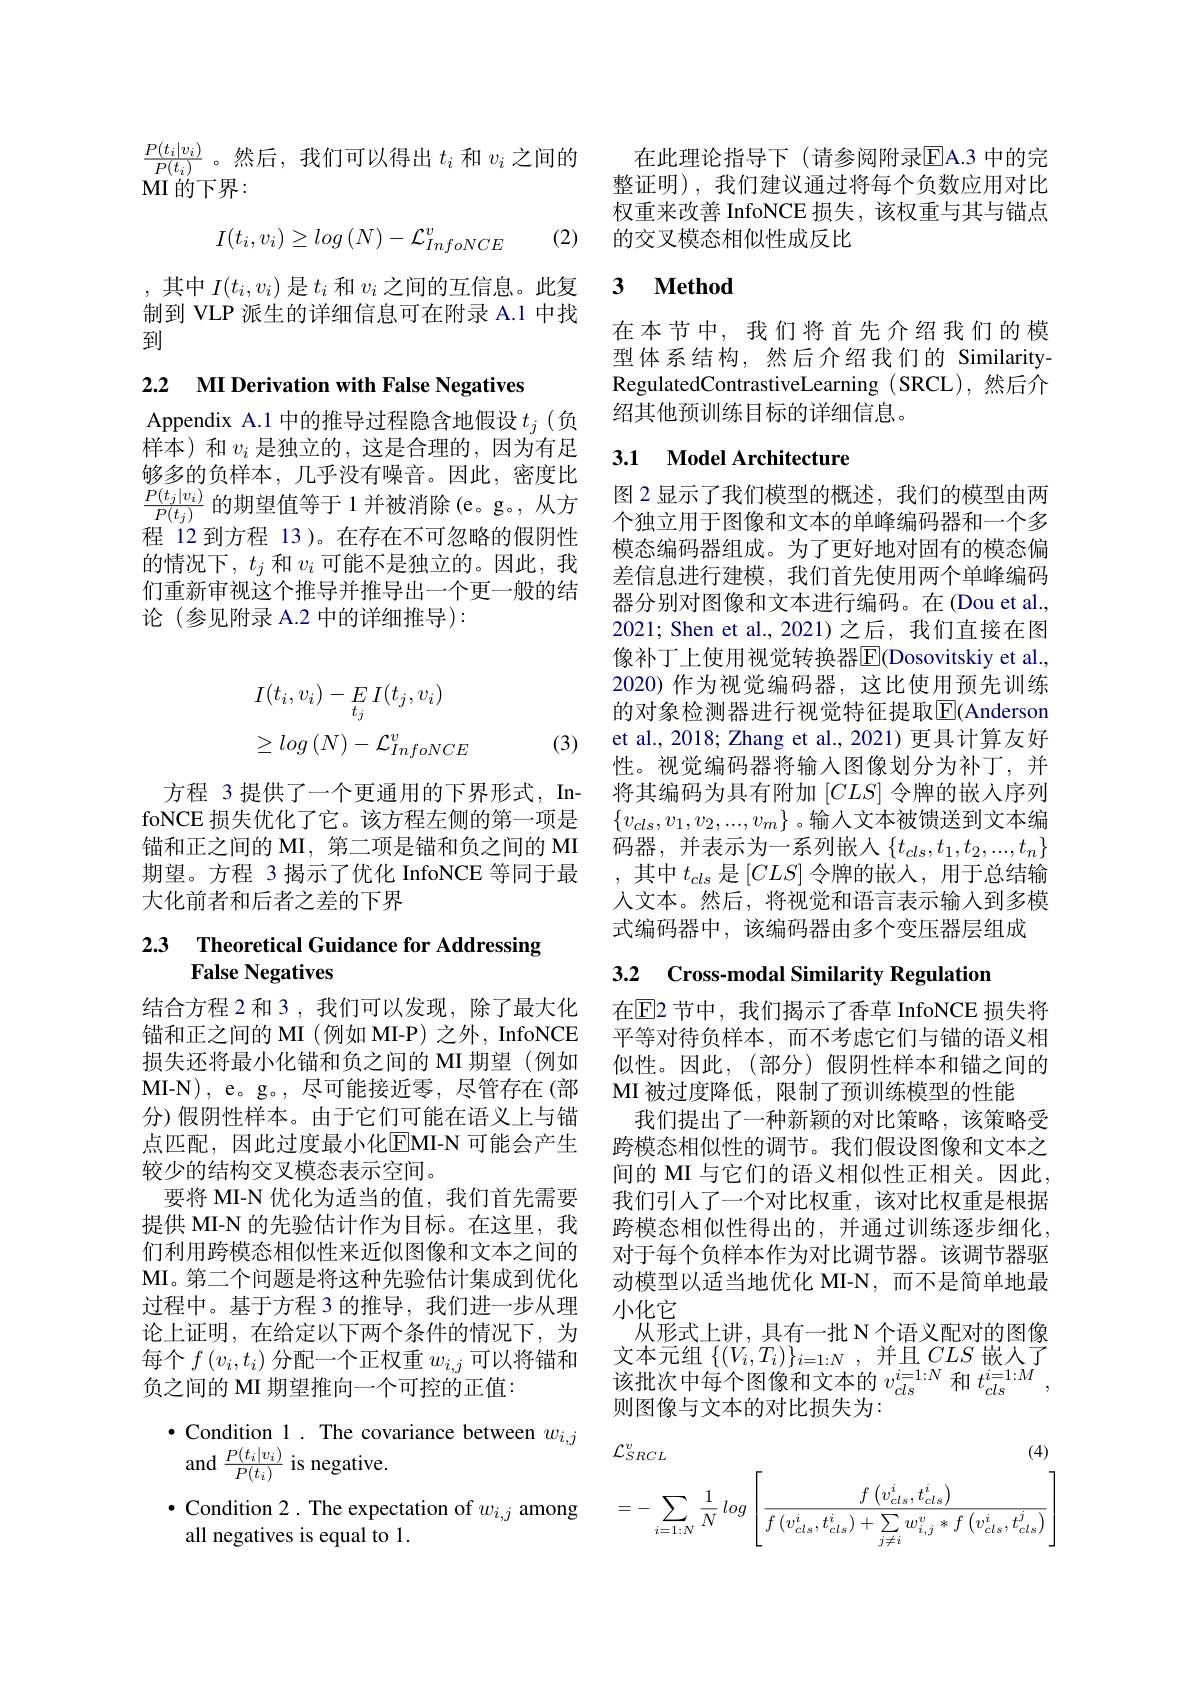
$\frac{P(t_i|v_i)}{P(t_i)}$。然后，我们可以得出$t_i$和$v_i$之间的
MI的下界：
$$I(t_i,v_i)\geq log\left(N\right)-\mathcal{L}_{InfoNCE}^v$$
制到 VLP 派生的详细信息可在附录 A.1 中找
到

2.2 MI Derivation with False Negatives

Appendix A.1 中的推导过程隐含地假设$t_j$ (负样本)和$v_i$是独立的，这是合理的，因为有足够多的负样本，几乎没有噪音。因此，密度比$\frac{P(t_j|v_i)}{P(t_j)}$的期望值等于 1 并被消除(e。g。, 从方程 12 到方程 13 )。在存在不可忽略的假阴性的情况下，$t_j$和$v_i$可能不是独立的。因此，我们重新审视这个推导并推导出一个更一般的结论(参见附录 A.2 中的详细推导):
$$\begin{aligned}&I(t_{i},v_{i})-E\:I(t_{j},v_{i})\\&\geq log\left(N\right)-\mathcal{L}_{InfoNCE}^{v}\end{aligned}$$
(3)

期望。方程 3 揭示了优化 InfoNCE 等同于最
大化前者和后者之差的下界

### 2.3 $\textbf{Theoretical Guidance for Addressing}$ False Negatives

结合方程 2 和 3 , 我们可以发现，除了最大化 在$\operatorname{E}$2 节中，我们揭示了香草 InfoNCE 损失将锚和正之间的 MI (例如 MI-P) 之外，InfoNCE 平等对待负样本，而不考虑它们与锚的语义相损失还将最小化锚和负之间的 MI 期望 (例如 似性。因此，(部分) 假阴性样本和锚之间的$\mathbf{MI-N})$, e。g。,尽可能接近零，尽管存在(部 MI 被过度降低，限制了预训练模型的性能
分)假阴性样本。由于它们可能在语义上与锚点匹配，因此过度最小化$\boxed{\mathrm{FMI-N~可能会产生}}$ 较少的结构交叉模态表示空间。
要将 MI-N 优化为适当的值，我们首先需要提供 MI-N 的先验估计作为目标。在这里，我们利用跨模态相似性来近似图像和文本之间的MI。第二个问题是将这种先验估计集成到优化过程中。基于方程 3 的推导，我们进一步从理论上证明，在给定以下两个条件的情况下，为每个$f\left(v_i,t_i\right)$分配一个正权重$w_i,j$可以将锚和负之间的 MI 期望推向一个可控的正值：
$\bullet\underset{D(t,|_{v})}{\operatorname*{\text{Condition 1.The covariance between }}}{\operatorname*{\bullet}}$

and $\frac{P(t_{i}|v_{i})}{P(t_{i})}$ is negative.
$\bullet$Condition 2. The expectation of $w_{i, j}$ among all negatives is equal to 1.

在此理论指导下(请参阅附录$\overline{\mathrm{E}}$A.3 中的完整证明),我们建议通过将每个负数应用对比权重来改善 InfoNCE 损失，该权重与其与锚点
(2) 的交叉模态相似性成反比

# ,其中$I(t_i,v_i)$是$t_i$和$v_i$之间的互信息。此复 3 Method

在本节中，我们将首先介绍我们的模型体系结构，然后介绍我们的 SimilarityRegulatedContrastiveLearning (SRCL),然后介绍其他预训练目标的详细信息。

### 3.1 Model Architecture

图 2 显示了我们模型的概述，我们的模型由两个独立用于图像和文本的单峰编码器和一个多模态编码器组成。为了更好地对固有的模态偏差信息进行建模，我们首先使用两个单峰编码器分别对图像和文本进行编码。在(Dou et al., 2021; Shen et al., 2021)之后，我们直接在图像补丁上使用视觉转换器$\overline{\mathrm{E}}($Dosovitskiy et al. 2020) 作为视觉编码器，这比使用预先训练的对象检测器进行视觉特征提取|El(Anderson et al., 2018; Zhang et al., 2021) 更具计算友好性。视觉编码器将输入图像划分为补丁，并
方程 3 提供了一个更通用的下界形式，In- 将其编码为具有附加$[CLS]$令牌的嵌入序列foNCE 损失优化了它。该方程左侧的第一项是 $\{v_{cls},v_1,v_2,...,v_m\}$。输人文本被馈送到文本编锚和正之间的 MI, 第二项是锚和负之间的 MI 码器，并表示为一系列嵌人$\{t_{cls},t_1,t_2,...,t_n\}$
,其中$t_cls$是$[CLS]$令牌的嵌入，用于总结输人文本。然后，将视觉和语言表示输入到多模式编码器中，该编码器由多个变压器层组成

## 3.2 Cross-modal Similarity Regulation

我们提出了一种新颖的对比策略，该策略受跨模态相似性的调节。我们假设图像和文本之间的 MI 与它们的语义相似性正相关。因此， 我们引人了一个对比权重，该对比权重是根据跨模态相似性得出的，并通过训练逐步细化， 对于每个负样本作为对比调节器。该调节器驱动模型以适当地优化 MI-N,而不是简单地最小化它
从形式上讲，具有一批 N 个语义配对的图像文本元组$\left\{(V_{i},T_{i})\right\}_{i=1:N}$,并且$CLS$ 嵌入了该批次中每个图像和文本的$v_{cls}^{i=1:N}$和$t_{cls}^{i=1:M}$, 则图像与文本的对比损失为：
$$\mathcal{L}_{SRCL}^{v}\\\text{(4)}\\=-\sum_{i=1:N}\frac{1}{N}\:log\left[\frac{f\left(v_{cls}^{i},t_{cls}^{i}\right)}{f\left(v_{cls}^{i},t_{cls}^{i}\right)+\sum_{j\neq i}w_{i,j}^{v}*f\left(v_{cls}^{i},t_{cls}^{j}\right)}\right]$$